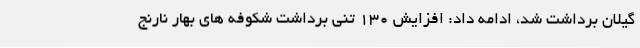
گیلان برداشت شد، ادامه داد: افزایش 130 تنی برداشت شکوفه های بهار نارنج